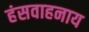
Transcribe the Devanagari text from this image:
हंसवाहनाय